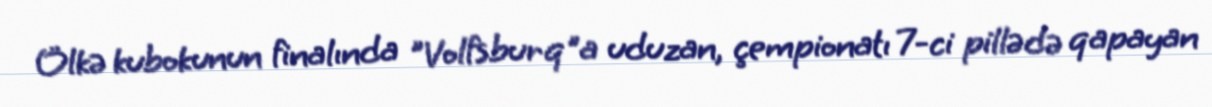
Ölkə kubokunun finalında "Volfsburq"a uduzan, çempionatı 7-ci pillədə qapayan